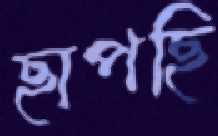
ছাপছি